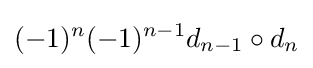
(-1)^{n}(-1)^{n-1}d_{n-1}\circ d_{n}